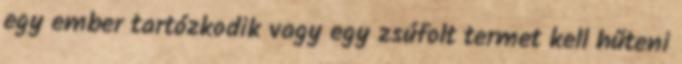
egy ember tartózkodik vagy egy zsúfolt termet kell hűteni